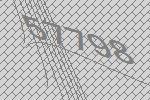
57798